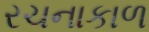
રચનાકાળ